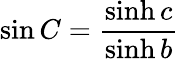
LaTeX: \sin C={\frac{\sinh c}{\sinh b}}